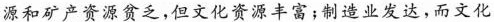
源和矿产资源贫乏，但文化资源丰富；制造业发达，而文化